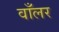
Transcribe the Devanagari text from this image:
वाँलर